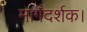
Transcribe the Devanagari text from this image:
मार्गदर्शक।